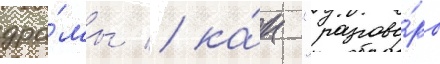
дра́мы / ка́к "разгово́ры